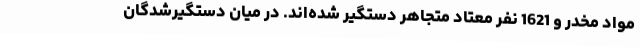
مواد مخدر و 1621 نفر معتاد متجاهر دستگیر شده‌اند. در میان دستگیرشدگان